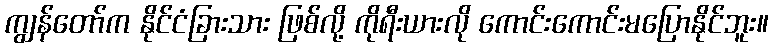
ကျွန်တော်က နိုင်ငံခြားသား ဖြစ်လို့ ကိုရီးယားလို ကောင်းကောင်းမပြောနိုင်ဘူး။